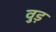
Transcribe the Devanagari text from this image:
वुड़